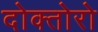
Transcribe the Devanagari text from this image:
दोक्तोरो